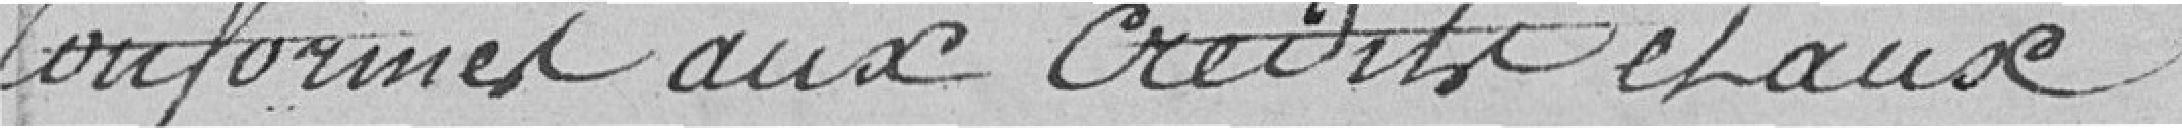
Conformes aux crédits et aux